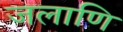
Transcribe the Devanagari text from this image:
जलाणि